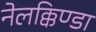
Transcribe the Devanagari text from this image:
नेलक्किण्डा